Report of the veterinary officer investigating camel disease
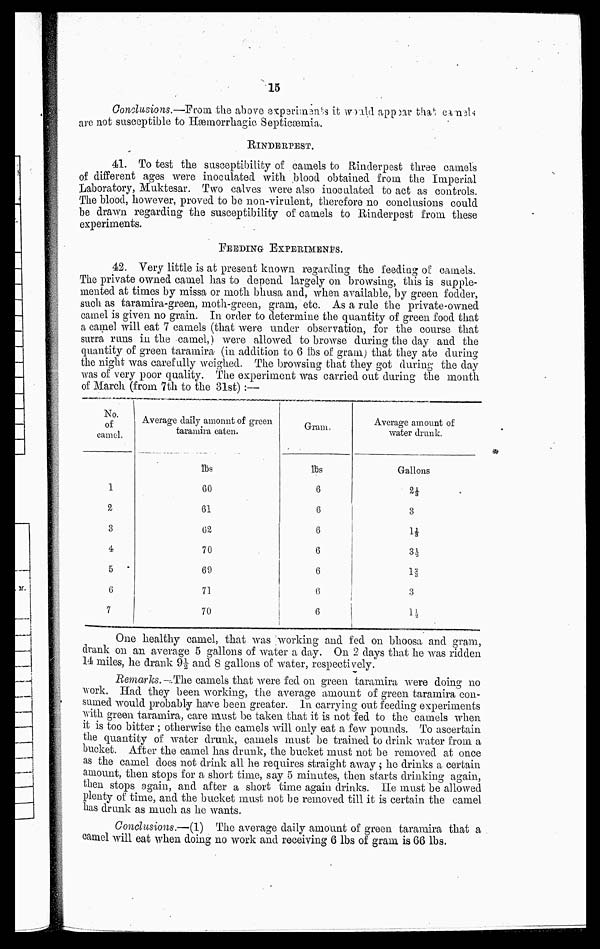
15
Conclusions.—From, the above experiments it would appear that camels
are not susceptible to Hæmorrhagic Septicæmia.
RINDERPEST.
41. To test the susceptibility of camels to Rinderpest three camels
of different ages were inoculated with blood obtained from the Imperial
Laboratory, Muktesar. Two calves were also inoculated to act as controls.
The blood, however, proved to be non-virulent, therefore no conclusions could
be drawn regarding the susceptibility of camels to Rinderpest from these
experiments.
FEEDING EXPERIMENTS.
42. Very little is at present known regarding the feeding of camels.
The private owned camel has to depend largely on browsing, this is supple
mented at times by missa or moth bhusa and, when available, by green fodder,
such as taramira-green, moth-green, gram, etc. As a rule the private-owned
camel is given no grain. In order to determine the quantity of green food that
a camel will eat 7 camels (that were under observation, for the course that
surra runs in the camel,) were allowed to browse during the day and the
quantity of green taramira- (in addition to 6 lbs of grain) that they ate during
the night was carefully weighed. The browsing that they got during the day
was of very poor quality. The experiment was carried out during the month
of March (from 7th to the 31st) :—
No.
of
camel.
1
2
3
4
5
6
7
Average daily amonut of green
taramira eaten.
lbs
60
61
62
70
69
71
70
Gram,
lbs
6
6
6
6
6
6
6
Average amount of
water drunk.
Gallons
2⅓
3
1⅓
3½
1⅔
3
1½
One healthy camel, that was working and fed on bhoosa and gram,
drank on an average 5 gallons of water a day. On 2 clays that he was ridden
14 miles, he drank 9½ and 8 gallons of water, respectively.
Remarks. — The camels that were fed on green taramira were doing no
work. Had they been working, the average amount of green taramira con
sumed would probably have been greater. In carrying out feeding experiments
with green taramira, care must be taken that it is not fed to the camels when
it is too bitter ; otherwise the camels will only eat a few pounds. To ascertain
the quantity of water drunk, camels must be trained to drink water from a
bucket. After the camel has drunk, the bucket must not be removed at once
as the camel does not drink all he requires straight away ; he drinks a certain
amount, then stops for a short time, say 5 minutes, then starts drinking again,
then stops again, and after a short time again drinks. He must be allowed
plenty of time, and the bucket must not be removed till it is certain the camel
has drunk as much as he wants.
Conclusions.—(1) The average daily amount of green taramira that a
camel will eat when doing no work and receiving 6 lbs of gram is 66 lbs.